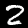
Digit: 2